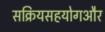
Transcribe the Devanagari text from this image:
सक्रियसहयोगऔर